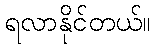
ရလာနိုင်တယ်။